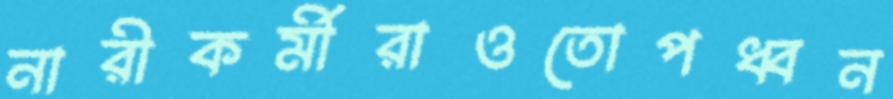
নারীকর্মীরাওতোপধ্বন